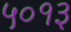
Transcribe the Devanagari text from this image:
५०१३